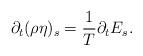
LaTeX: \begin{align*} \partial_t (\rho \eta)_s = \frac{1}{T} \partial_t E_s. \end{align*}